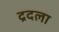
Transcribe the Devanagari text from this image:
द्रदला